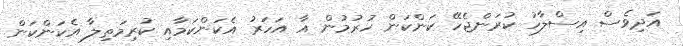
އަދިވެސް އިސްލާހު ކުރަންޖެހޭ ކަންކަން ހުރުމުން އާ އަހަރު އެކަންކަމާއި ކުރިމަތިލާ އެކަންކަން